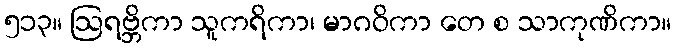
၅၁၃။ ဩရဗ္ဘိကာ သူကရိကာ၊ မာဂဝိကာ တေ စ သာကုဏိကာ။